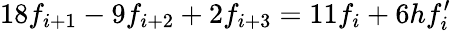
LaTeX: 18f_{i+1}-9f_{i+2}+2f_{i+3}=11f_{i}+6hf_{i}^{\prime}